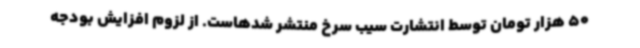
50 هزار تومان توسط انتشارت سیب سرخ منتشر شدهاست. از لزوم افزایش بودجه